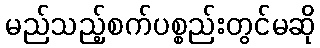
မည်သည့်စက်ပစ္စည်းတွင်မဆို